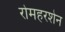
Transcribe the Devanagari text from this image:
रोमहरशेन